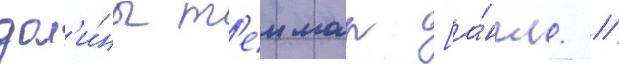
дол'и́ны т'еимар [а́нгл. //